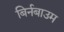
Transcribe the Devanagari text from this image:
बिर्नबाउम